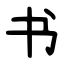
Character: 书